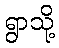
ရွာသို့